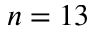
n = 1 3